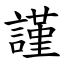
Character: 謹